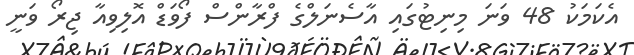
އެކަމަކު 48 ވަނަ މިނިޓުގައި އާސެނަލްގެ ފްރާންސް ފޯވަޑް އޮލިވިއާ ޖިރޯ ވަނީ